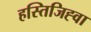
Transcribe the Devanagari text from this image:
हस्तिजिह्वा